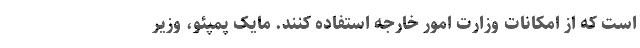
است که از امکانات وزارت امور خارجه استفاده کنند. مایک پمپئو، وزیر